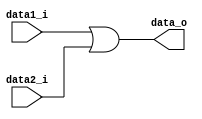
module OR(
	data1_i,
	data2_i,
	data_o
);

input data1_i, data2_i;
output data_o;

assign data_o = (data1_i | data2_i);

endmodule